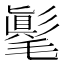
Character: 𣰘